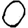
Digit: 0